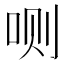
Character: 𰇘